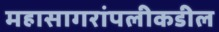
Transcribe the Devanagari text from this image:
महासागरांपलीकडील